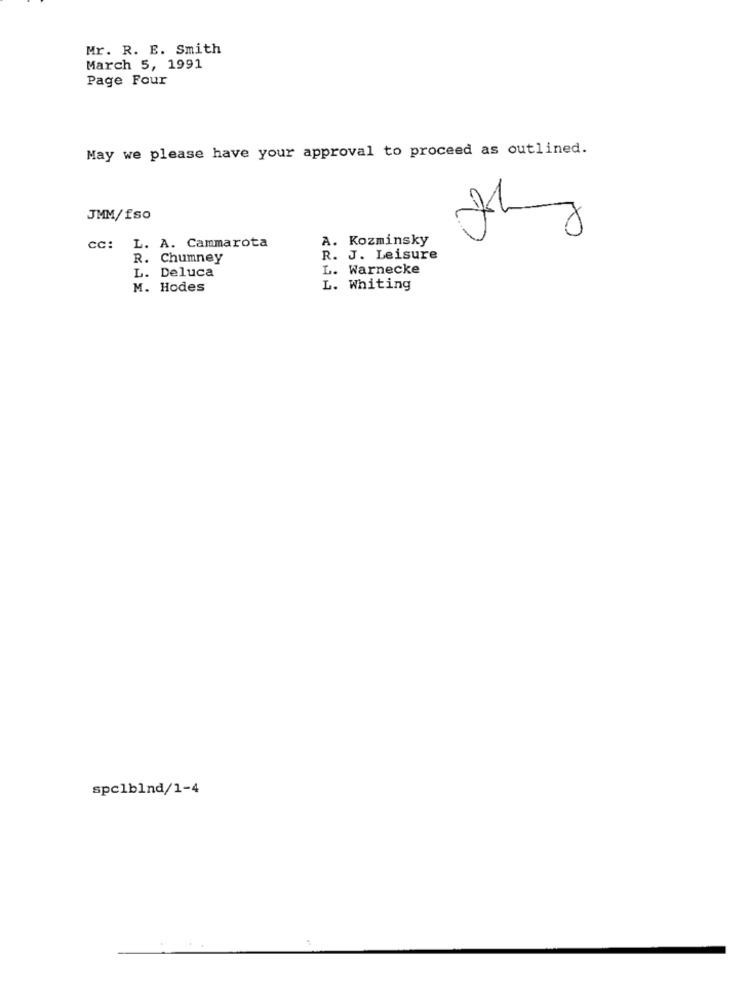
Mr. R. E. Smith
March 5, 1991
Page Four
May we please have your approval to proceed as outlined.
JMM/fso
thing
A. Kozminsky
CC: L. A. Cammarota
R. Chumney
R. J. Leisure
L. Deluca
L. Warnecke
M. Hodes
L. Whiting
spclblnd/1-4